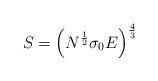
LaTeX: \begin{align*}S = \left( N^{\frac{1}{2}} \sigma_0 E \right)^{\frac{4}{3}}\end{align*}